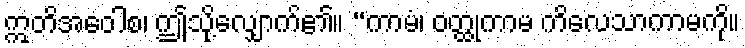
ဣတိအဝေါစ၊ ဤသို့လျှောက်၏။ “ကာမံ၊ ဝတ္ထုကာမ ကိလေသာကာမကို။